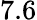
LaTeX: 7.6